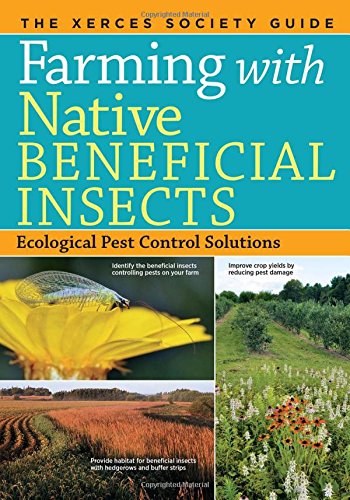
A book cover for Farming with Native Beneficial Insects: Ecological Pest Control Solutions; The Xerces Society; Crafts, Hobbies & Home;